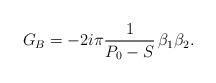
LaTeX: \begin{align*}G_B=-2i\pi {1\over P_0-S}\,\beta_1\beta_2.\, \end{align*}